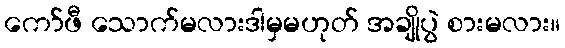
ကော်ဖီ သောက်မလားဒါမှမဟုတ် အချိုပွဲ စားမလား။